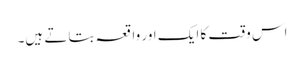
اس وقت کا ایک اور واقعہ بتاتے ہیں۔